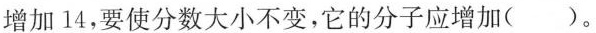
增加14，要使分数大小不变，它的分子应增加( )。